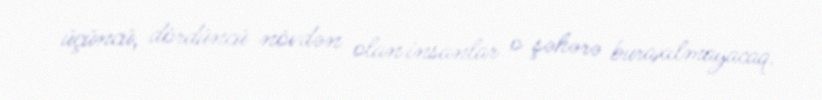
üçüncü, dördüncü növdən olan insanlar o şəhərə buraxılmayacaq.